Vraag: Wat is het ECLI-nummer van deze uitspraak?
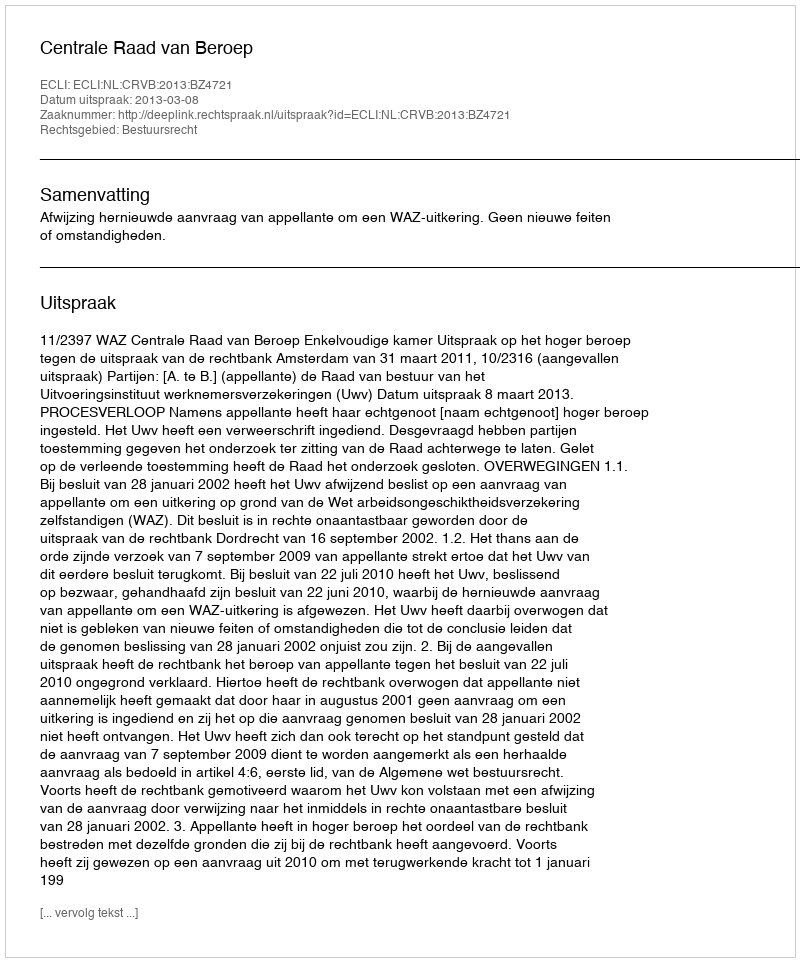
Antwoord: ECLI:NL:CRVB:2013:BZ4721